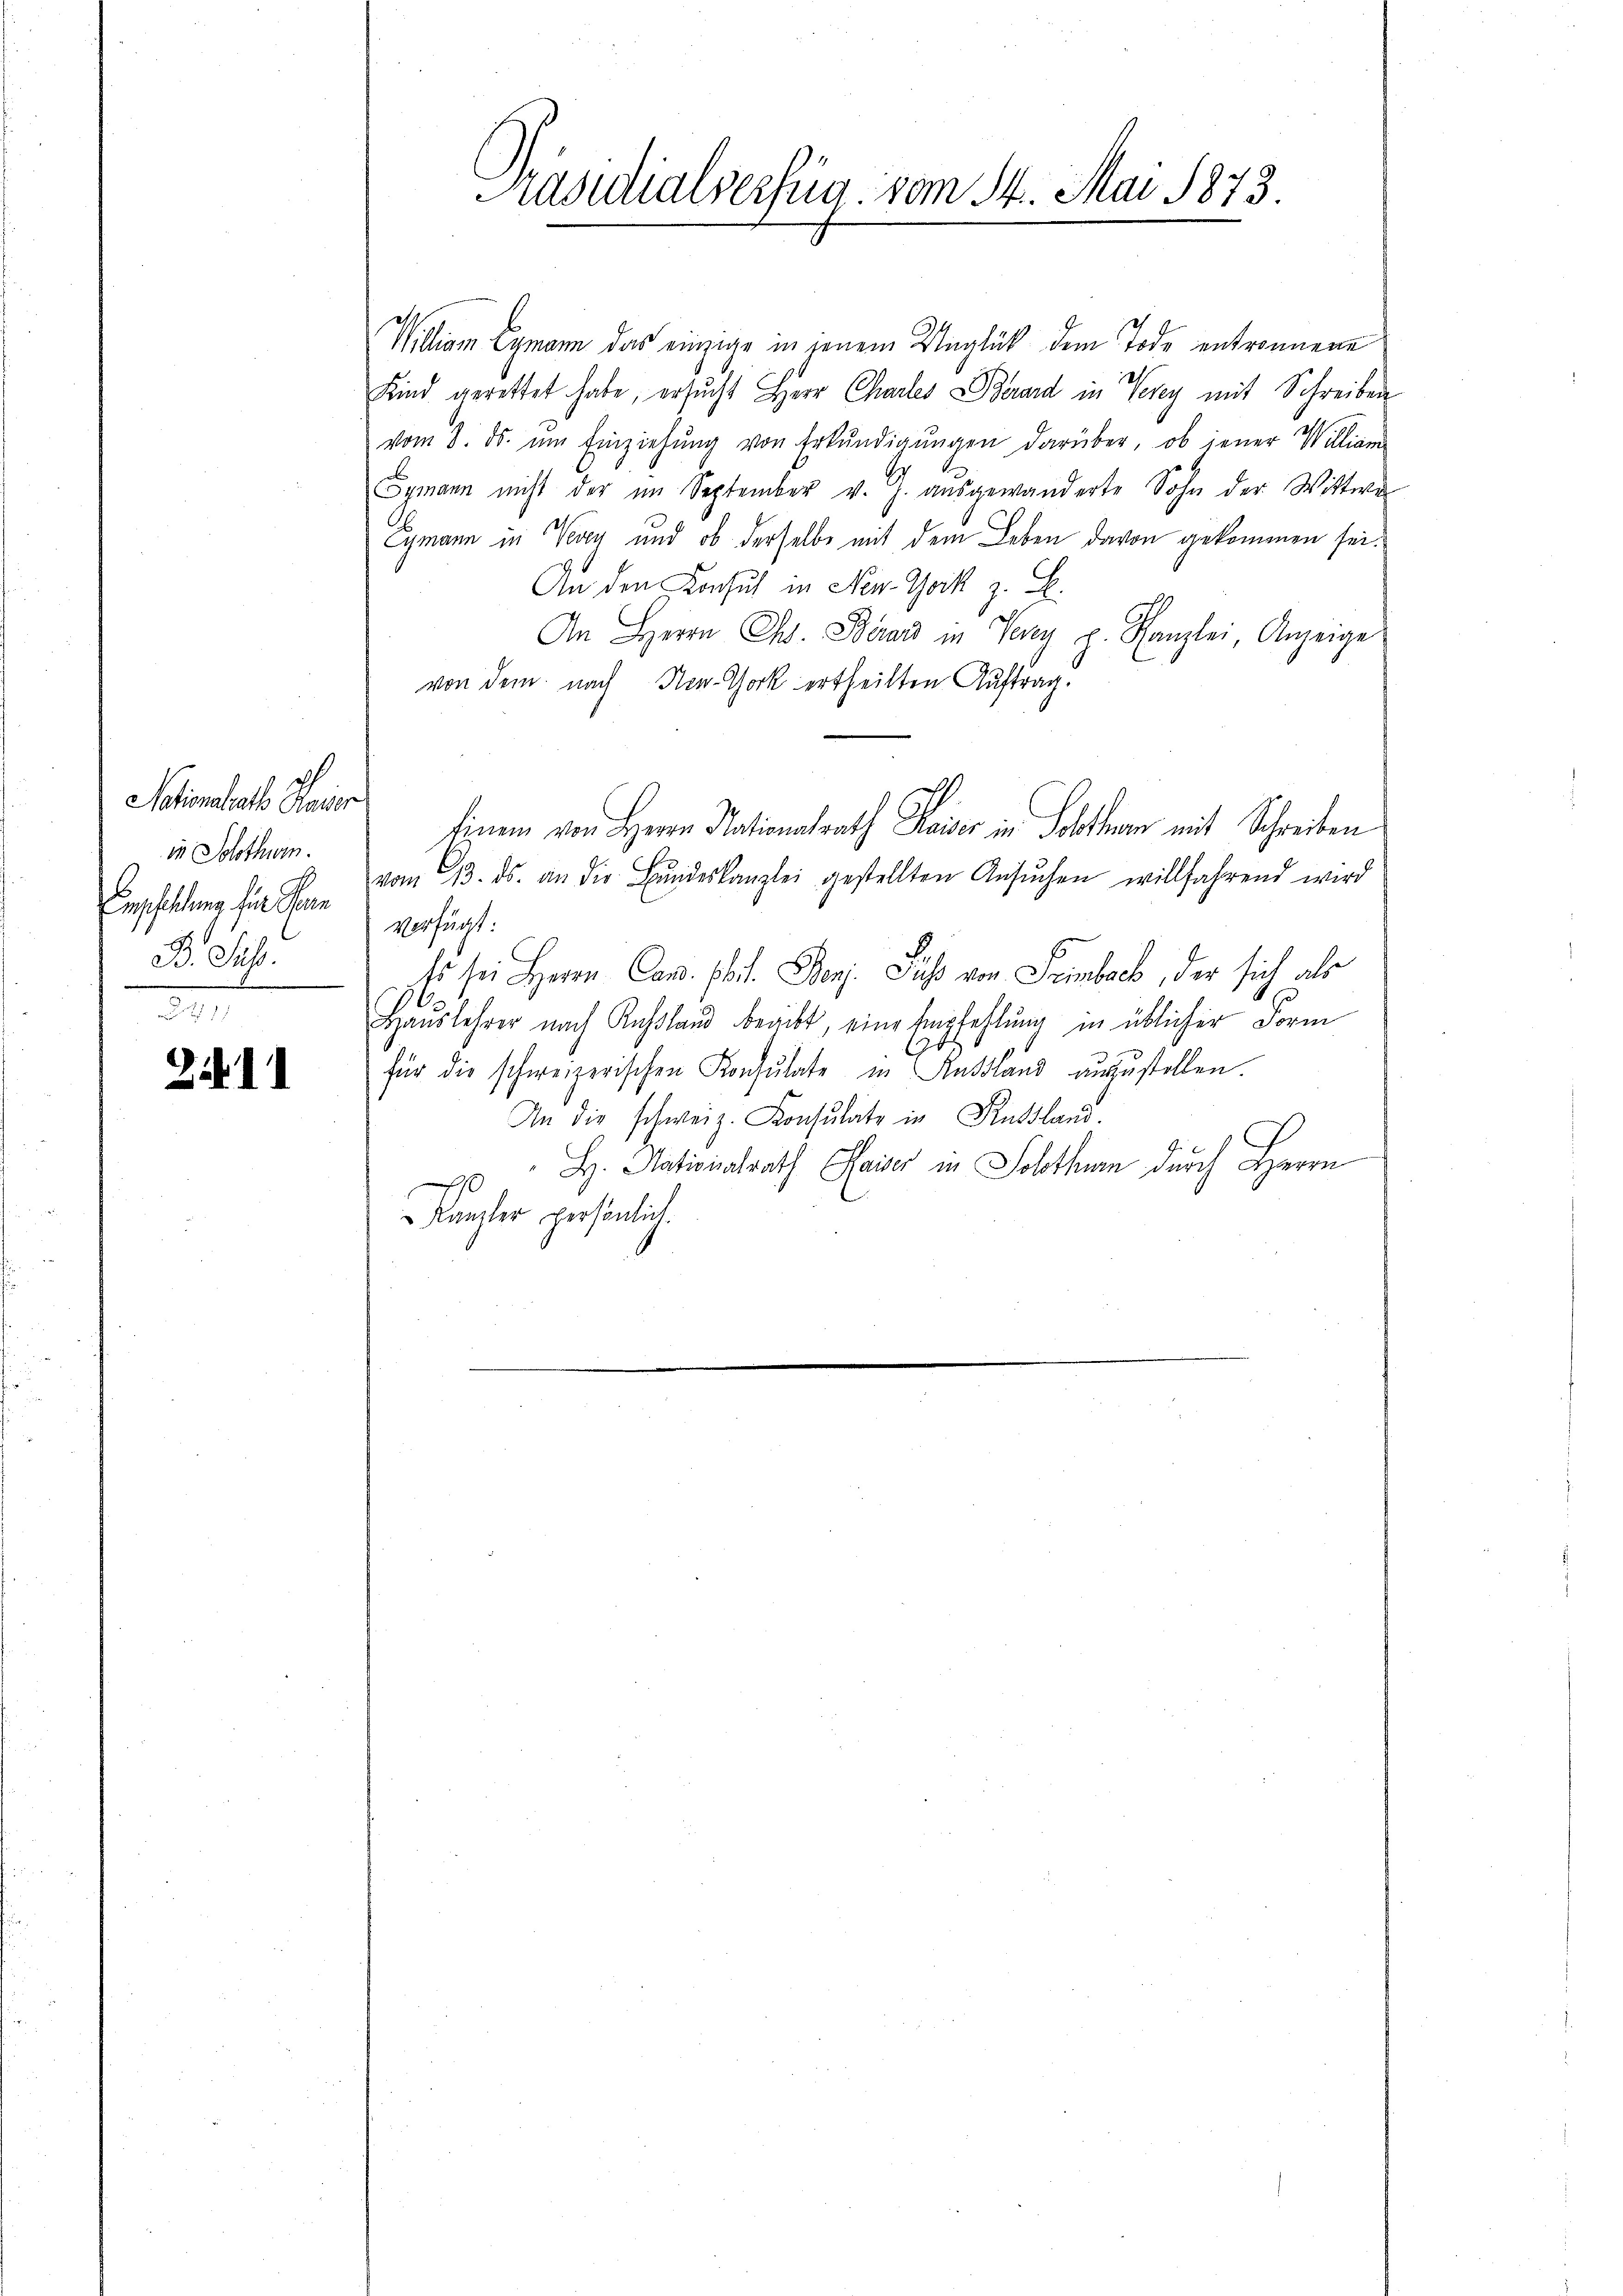
Nationalrath Hauser
in Solothurn.
Empfehlung für Fern
. Sup.

.11

Präsidialverfüg. vom 14. Mai 1873.

Willion Eymann das einzige in jenem Unglück dem Tode entronnene
Kind gerettet habe, ersucht Herr Chartes Berard in Verey mit Schreiben
vom 8. ds. ŭm Einziehŭng von Erkŭndigŭngen darüber, ob jener William
Gymann nicht der im September v. J. ausgewanderte Sohn der Wittwer
ymann in May und ob derselbe mit dem Leben davon gekommen sei.
An den Konsul in New York z. B.
An Herrn Ch. Berars in Verey p. Kanzlei, Anzeige
von dem nach New-York ertheilten Auftrag.
Einem von Herrn Nationalrath Haiser in Posthan mit Schreiben
vom 13. ds. an die Bŭndeskanzlei gestellten Ansŭchen willfahrend wird
verfügt:
Es sei Herrn Can. Phil. Dorf. Fuß von Sembach, der sich als
Hauslehrer nach Kahland beacht, eine Empfehlung in üblicher Form
.
für die schweizerischen Konsulate in Ausland auszustellen.
An die schweiz. Konsulate in Russland.
H. Nationalrath Kaiser in Solothurn durch Herrn
Kanzler persönlich.